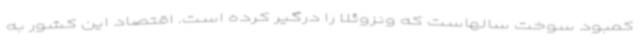
کمبود سوخت سالهاست که ونزوئلا را درگیر کرده است. اقتصاد این کشور به